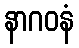
နာဂဝနံ